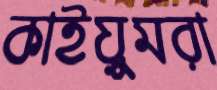
কাইয়ুমরা